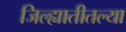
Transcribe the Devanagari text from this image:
जिल्ह्यातीतल्या